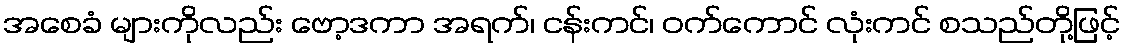
အစေခံ များကိုလည်း ဗော့ဒကာ အရက်၊ ငန်းကင်၊ ဝက်ကောင် လုံးကင် စသည်တို့ဖြင့်